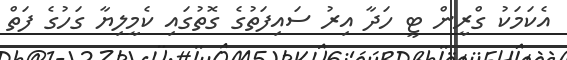
އެކަމަކު ގްރީން ޓީ ހަދާ އިރު ސައިފަތުގެ ގޮތުގައި ކެމީލިޔާ ގަހުގެ ފަތް